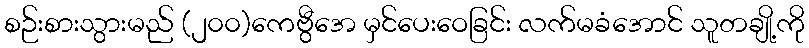
စဉ်းစားသွားမည် (၂၀၀)ကေဗွီအေ မှင်ပေးဝေခြင်း လက်မခံအောင် သူတချို့ကို